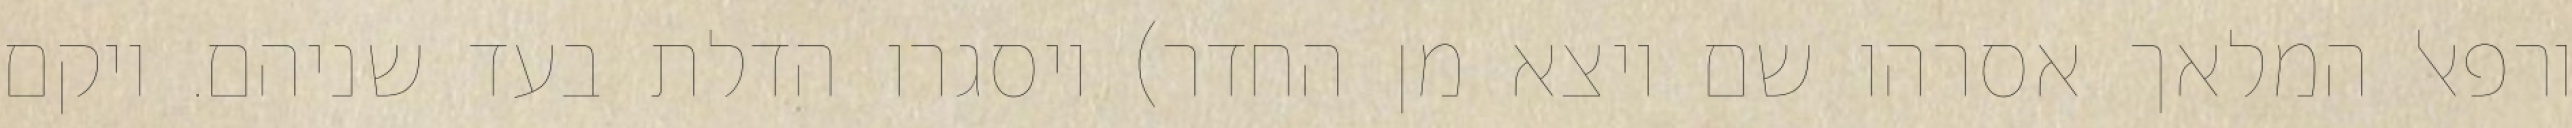
ורפאל המלאך אסרהו שם ויצא מן החדר) ויסגרו הדלת בעד שניהם. ויקם